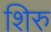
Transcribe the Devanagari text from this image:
शिरु